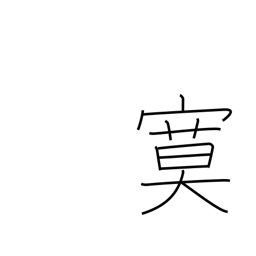
Meaning: quiet